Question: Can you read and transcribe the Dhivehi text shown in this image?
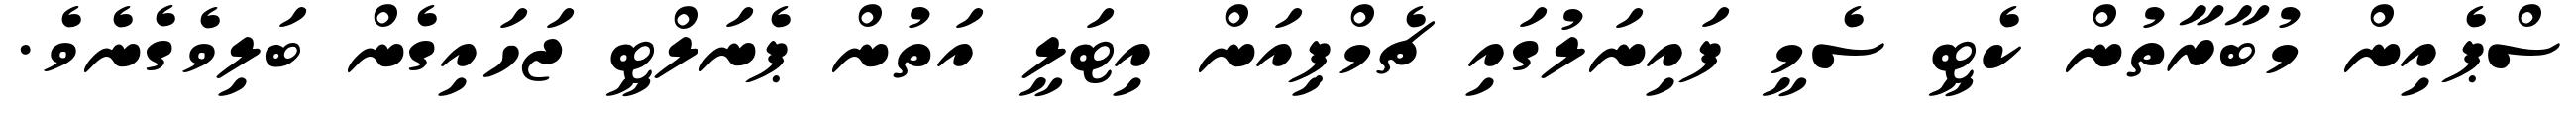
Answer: ސްޕެއިން މުބާރާތުން ކެޓީ ސެމީ ފައިނަލުގައި ޗެމްޕިއަން އިޓަލީ އަތުން ޕެނަލްޓީ ޖަހައިގެން ބަލިވެގެނެވެ.